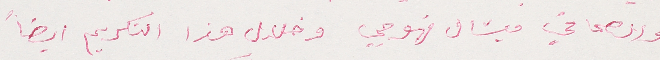
والصحافي ميشال قهوجي وخلال هذا التكريم ايضا